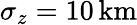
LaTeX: \sigma_{z}=10\, \mathrm{km}